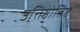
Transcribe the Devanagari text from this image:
उत्तिष्ठोत्तिष्ठ